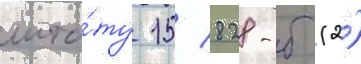
шта́ту 15/ 828-б (2)